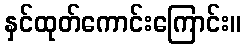
နှင်ထုတ်ကောင်းကြောင်း။